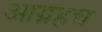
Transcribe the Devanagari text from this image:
आग्रहच